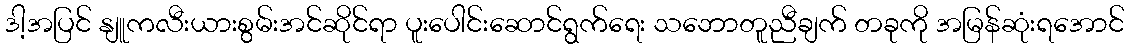
ဒါ့အပြင် နျူကလီးယားစွမ်းအင်ဆိုင်ရာ ပူးပေါင်းဆောင်ရွက်ရေး သဘောတူညီချက် တခုကို အမြန်ဆုံးရအောင်